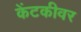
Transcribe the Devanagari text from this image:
केंटकीवर